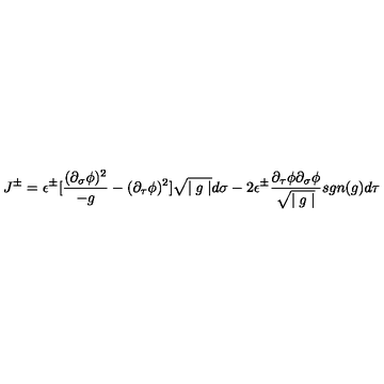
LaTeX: J ^ { \pm } = \epsilon ^ { \pm } [ \frac { ( \partial _ { \sigma } \phi ) ^ { 2 } } { - g } - ( \partial _ { \tau } \phi ) ^ { 2 } ] { \sqrt { \mid g \mid } } d \sigma - 2 \epsilon ^ { \pm } \frac { { \partial _ { \tau } } \phi { \partial _ { \sigma } } \phi } { \sqrt { \mid g \mid } } s g n ( g ) d \tau